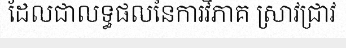
ដែលជាលទ្ធផលនៃការវិភាគ ស្រាវជ្រាវ